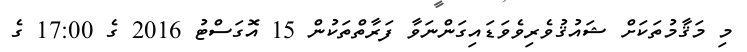
މި މަޤާމުތަކަށް ޝައުޤުވެރިވެވަޑައިގަންނަވާ ފަރާތްތަކުން 15 އޮގަސްޓު 2016 ގެ 17:00 ގެ